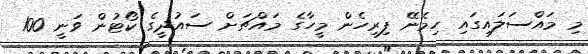
މި މައްސަލައިގައި ހިމެނޭ ފިރިހެން މީހާގެ މައްޗަށް ސައުދީގެ ކޯޓުން ވަނީ 100